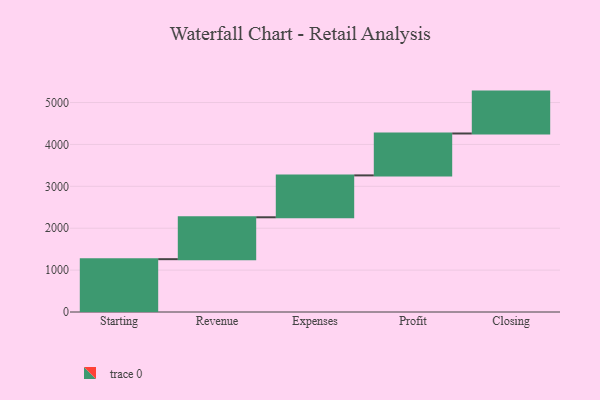
{"axis": {"x": "Step", "y": "Value"}, "legend": [""], "data": [{"x": "Starting", "y": 1261.0, "type": ""}, {"x": "Revenue", "y": 1000, "type": ""}, {"x": "Expenses", "y": 1000, "type": ""}, {"x": "Profit", "y": 1000, "type": ""}, {"x": "Closing", "y": 1000, "type": ""}]}